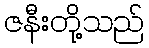
ဇနီးတို့သည်